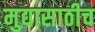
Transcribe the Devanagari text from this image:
मुद्यासाठीच